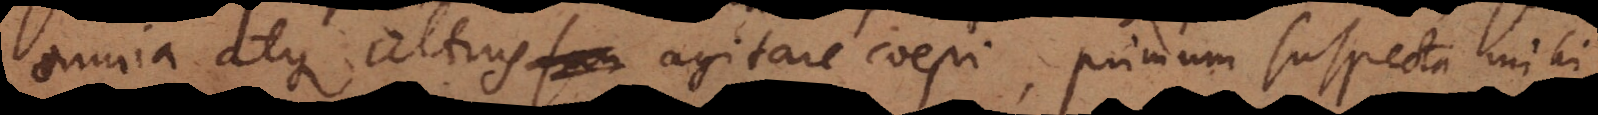
omnia atque altius agitare coepi, primum suspecta mihi